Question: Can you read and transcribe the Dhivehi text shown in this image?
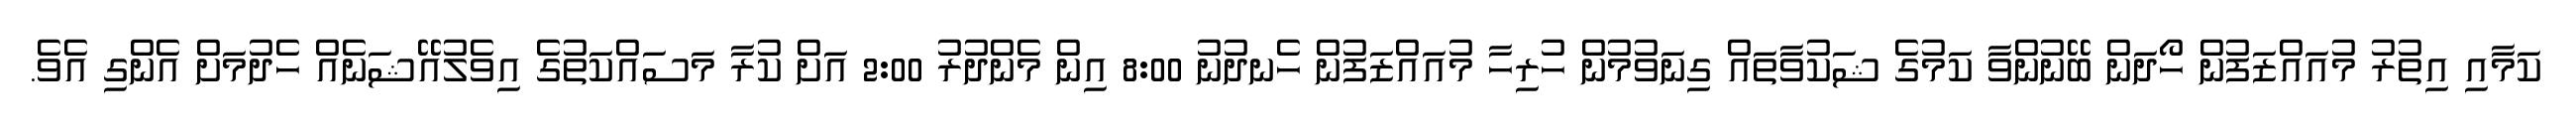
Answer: ކަމާއި އިތުރު މުއައްޒަފުން ހޯދަން ބޭނުންވާ ކަމުގެ ޝަކުވާތައް ގިނަވުމުން ހުރިހާ މުއައްޒަފުން ހެނދުނު 8:00 އިން މެންދުރު 2:00 އަށް ކުރާ މަސައްކަތުގެ އިވެލުއޭޝަނެއް ހެދުމަށް އެންގި އެވެ.